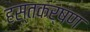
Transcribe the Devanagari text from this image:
हस्तकर्षण